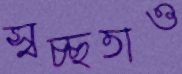
স্বচ্ছতাও